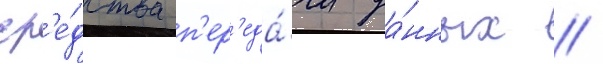
ср'е́дства п'ер'еда́чи да́нных //